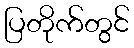
ပြတိုက်တွင်